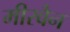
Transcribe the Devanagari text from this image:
मीरवैन